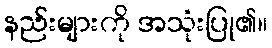
နည်းများကို အသုံးပြု၏။